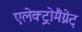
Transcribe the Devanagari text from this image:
एलेक्ट्रोमैग्नेट्